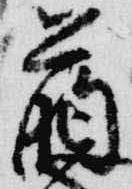
臈